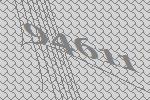
94611